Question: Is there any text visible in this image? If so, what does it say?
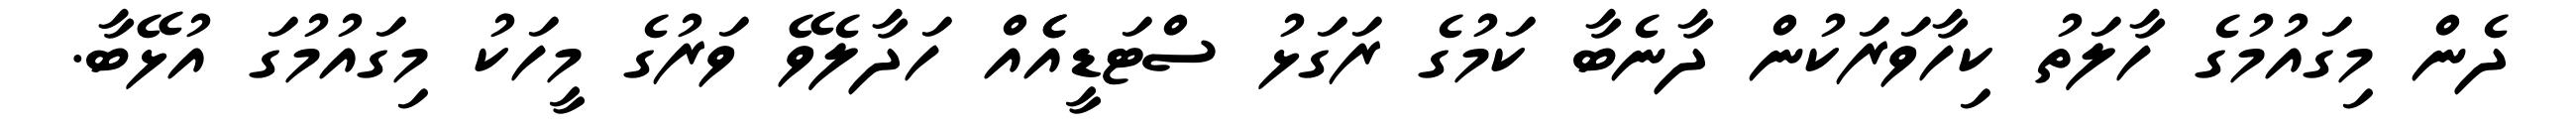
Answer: ދެން މިގައުމުގެ ހާލަތު ކިހާވަރަކުން ދާނެބާ ކަމުގެ ރަގަޅު ސްޓަޑީއެެއް ހަދާލެވޭ ވަރުގެ މީހަކު މިގައުމުގަ އުޅޭބާ.